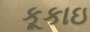
કૂકાઇ